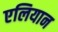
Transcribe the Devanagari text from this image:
एलियान